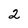
Character: 2